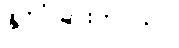
နိုင်ငံခြားဘာသာ